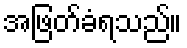
အဖြတ်ခံရသည်။